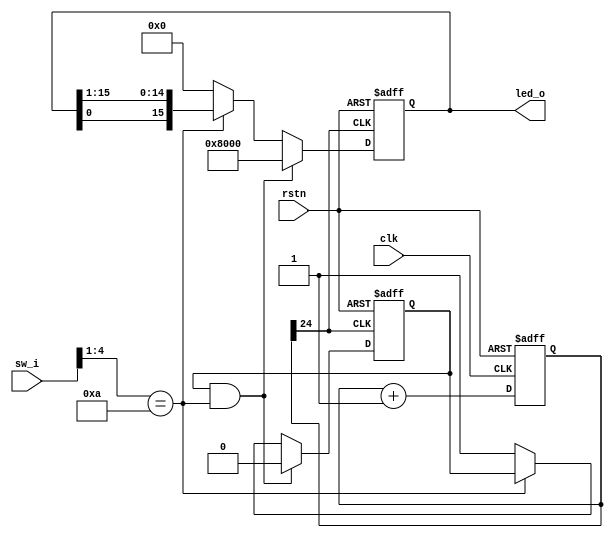
`timescale 1ns / 1ps
//////////////////////////////////////////////////////////////////////////////////
// Company: 
// Engineer: 
// 
// Design Name: 
// Module Name: test
// Project Name: 
// Target Devices: 
// Tool Versions: 
// Description: 
// 
// Dependencies: 
// 
// Revision:
// Revision 0.01 - File Created
// Additional Comments:
// 
//////////////////////////////////////////////////////////////////////////////////


module test(
    input clk,//wire
    input rstn,
    input[15:0]sw_i,
    output [15:0]led_o
    );

    parameter div_num = 24;
    wire clk_div2;//
    wire clk_div29;//24
    
/// clk_div2
reg clk_div2_tmp;
always@(posedge clk or negedge rstn)//alwayswirereg clk_div2_tmp
    begin
        if(! rstn)
            clk_div2_tmp = 1'b0;
        else
            clk_div2_tmp = ~clk_div2;
    end
assign clk_div2 = clk_div2_tmp;

/// clk_div29
reg [31:0] clk_cnt;
always@(posedge clk or negedge rstn)
    begin
        if(!rstn)
            clk_cnt <= 32'b0;
        else
            clk_cnt <= clk_cnt + 1'b1;
    end
assign clk_div29 = clk_cnt[div_num];


// always wire
reg [15:0]led_tmp;
reg ledset_flag;

always@(posedge clk_div29 or negedge rstn)
begin
    if(!rstn)
        begin
        ledset_flag = 1'b1;
        led_tmp = 16'b0000_0000_0000_0000;
        end
    else if((ledset_flag == 1'b1) && (sw_i[4:1] == 4'b1010))
        begin 
            ledset_flag = 1'b0; // flag1led0
            led_tmp =16'b1000_0000_0000_0000;
        end
    else if(sw_i[4:1] == 4'b1010)
        begin
            led_tmp = {led_tmp[0],led_tmp[15:1]}; // flag == 0,led_tmp  
        end
    else //if ... else if ... else ...
        begin 
            led_tmp = 16'b0000_0000_0000_0000;
            ledset_flag = 1'b1;
        end
end

assign led_o[15:0] = led_tmp;// led_owireled_tmp regassignalways

endmodule